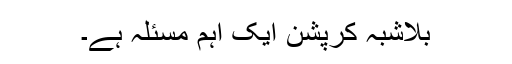
بلاشبہ کرپشن ایک اہم مسئلہ ہے۔